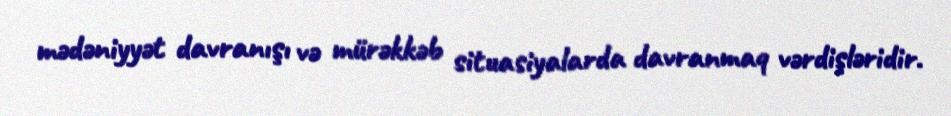
mədəniyyət davranışı və mürəkkəb situasiyalarda davranmaq vərdişləridir.